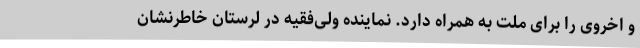
و اخروی را برای ملت به همراه دارد. نماینده ولی‌فقیه در لرستان خاطرنشان